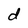
Character: d